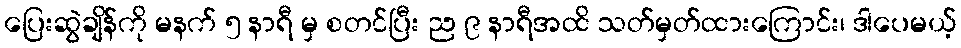
ပြေးဆွဲချိန်ကို မနက် ၅ နာရီ မှ စတင်ပြီး ည ၉ နာရီအထိ သတ်မှတ်ထားကြောင်း၊ ဒါပေမယ့်